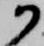
か